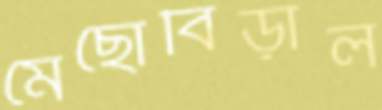
মেছোবিড়াল